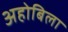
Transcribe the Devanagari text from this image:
अहोबिला